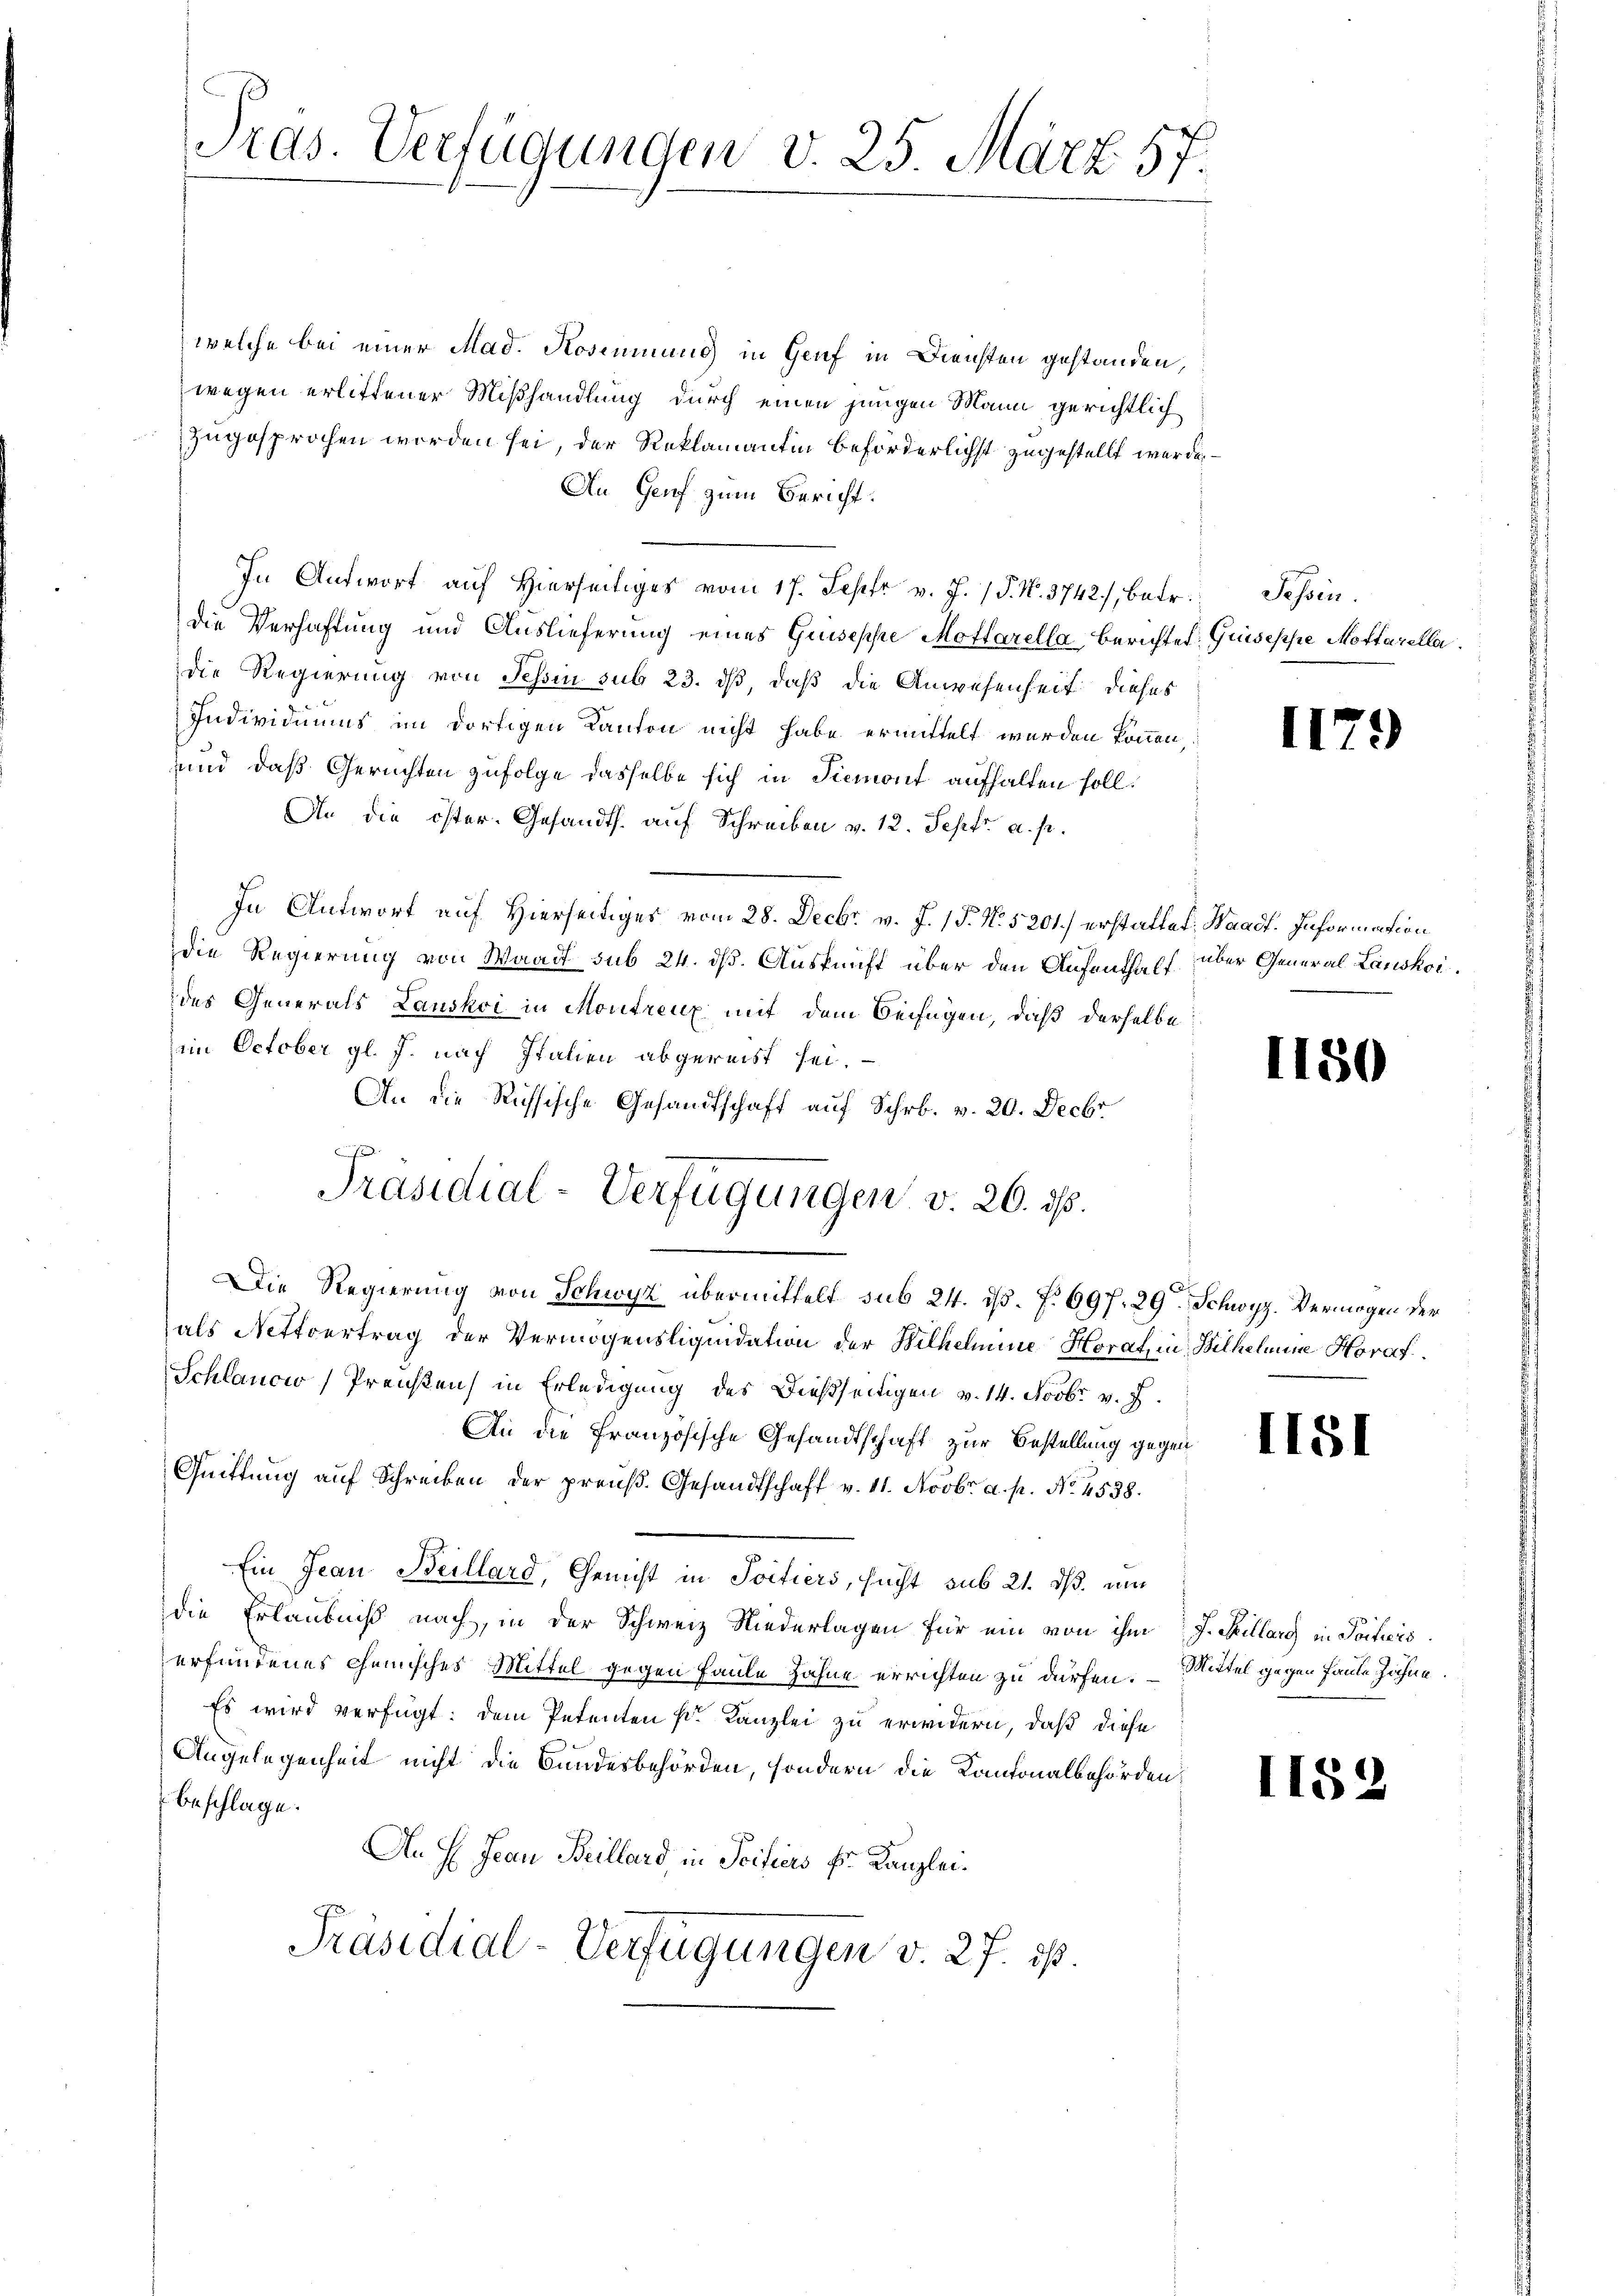
Pras. Verfügungen v. 25. März 57.

welche bei einer Mad. Kosimmung in Genf in Diensten gestanden,
wegen erlittener Mißhandlung durch einen jungen Mann gerichtlich
zugesprochen worden sei, der Reklamantin beförderlichst zugestellt werde.
An Genf zum Bericht.
In Antwort auf Hierseitiges vom 17. Sept v. J. J. N. 3742), betr.
die Verhaftung und Auslieferung eines Guiseppe Mottarella Berichte Guiseppe Mottarella.
die Regierung von Schin sub 23. ds, daß die Anwesenheit dieses
Individiums im dortigen Kanton nicht habe ermittelt werden können,
und daß Gerichten zufolge dasselbe sich in Piemont aufhalten soll.
An die öster-Gesandts. auf Schreiben v. 12. Sept. a. p.
In Antwort auf Hierseitiges vom 28. Decbr. v. J. 15. No. 5201.) erstattet, Waadt. Information
Die Regierung von Waadt sub 24. dß. Auskunft über den Aufenthalf. über General Lauskoides Generals Lauskoi in Montreuz mit dem Beifügen, daß derselbe
im October gl. J. nach Italien abgereist sei.
An die Russische Gesandtschaft auf Schr. v. 20. Decbr
e
Präsidial-Verfügungen v. 26. ds.
Die Regierung von Schwyz übermittelt sub 24. ds. f. 697. 29. Schwyz. Vermögen der
als Nettoertrag der Vermögensliquidation der Wilhelmine Horat, in Wilhelmine Horaf.
Schlaucio, Preisten in Erledigung des Dießseitigen v. 14. Novbr. v. J.
An die Französische Gesandtschaft zur Bestellung gegen
Quittung aŭf Schreiben der preuß. Gesandtschaft v. 11. Novbr. a. p. No. 4538.
Ein Jean Beillard, Genicht in Poitiers, sucht sub 21. ds. um
die Erlaubniß nach, in der Schweiz Niederlagen für ein von ihm J. Kellarg in Poiticis.
erfundenes chemisches Mittel gegen Faule Zahne errichten zu dürfen. – Mittel gegen faule Zähne.
Es wird verfügt: dem Petenten k. Kanzlei zu erwidern, daß diese
Angelegenheit nicht die Bundesbehörden, sondern die Kantonalbehörden,
beschlage.
An H Jean Beillard, in Soifiers Hs. Kanzlei¬
Präsidial-Verfügungen v. 27. ist.

Schen.

112

18

II51

118

)